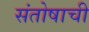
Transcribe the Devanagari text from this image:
संतोषाची